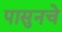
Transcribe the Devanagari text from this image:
पासुनचे